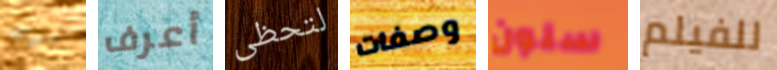
سوف أعرف لتحظى وصفات سلون للفيلم